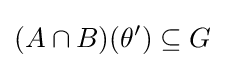
(A\cap B)(\theta ')\subseteq G